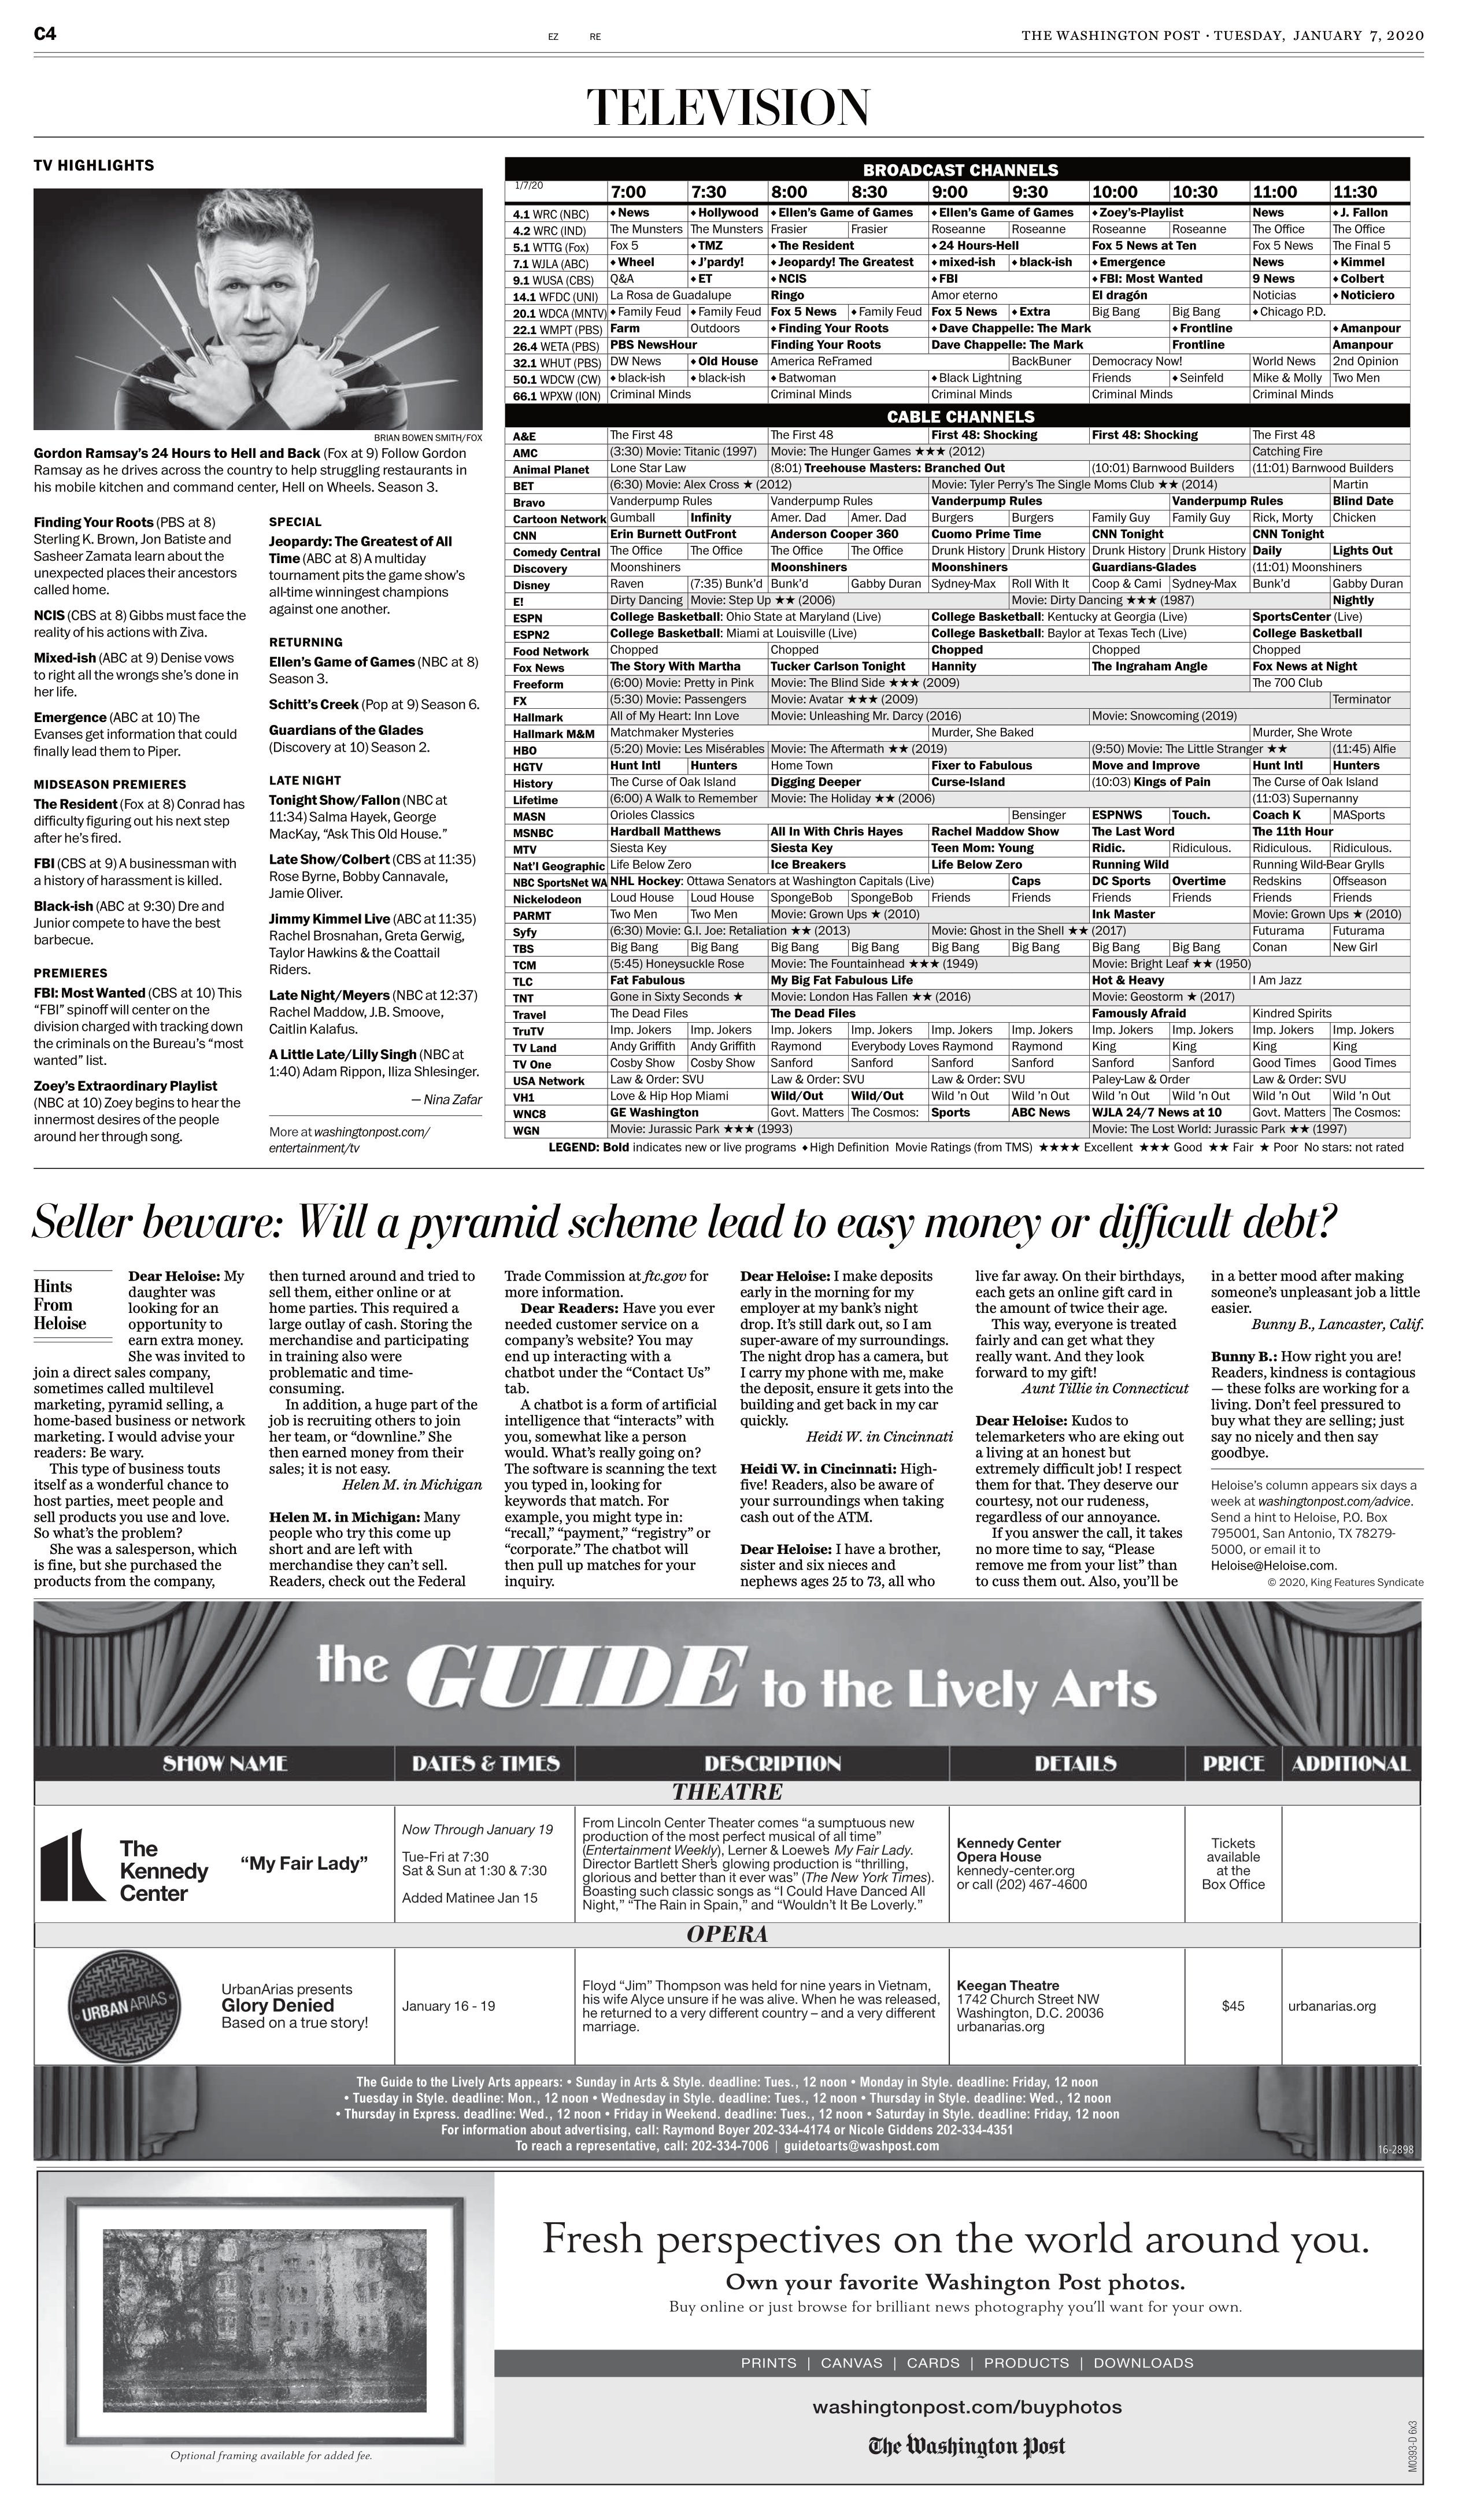
Language: en